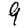
Digit: 9